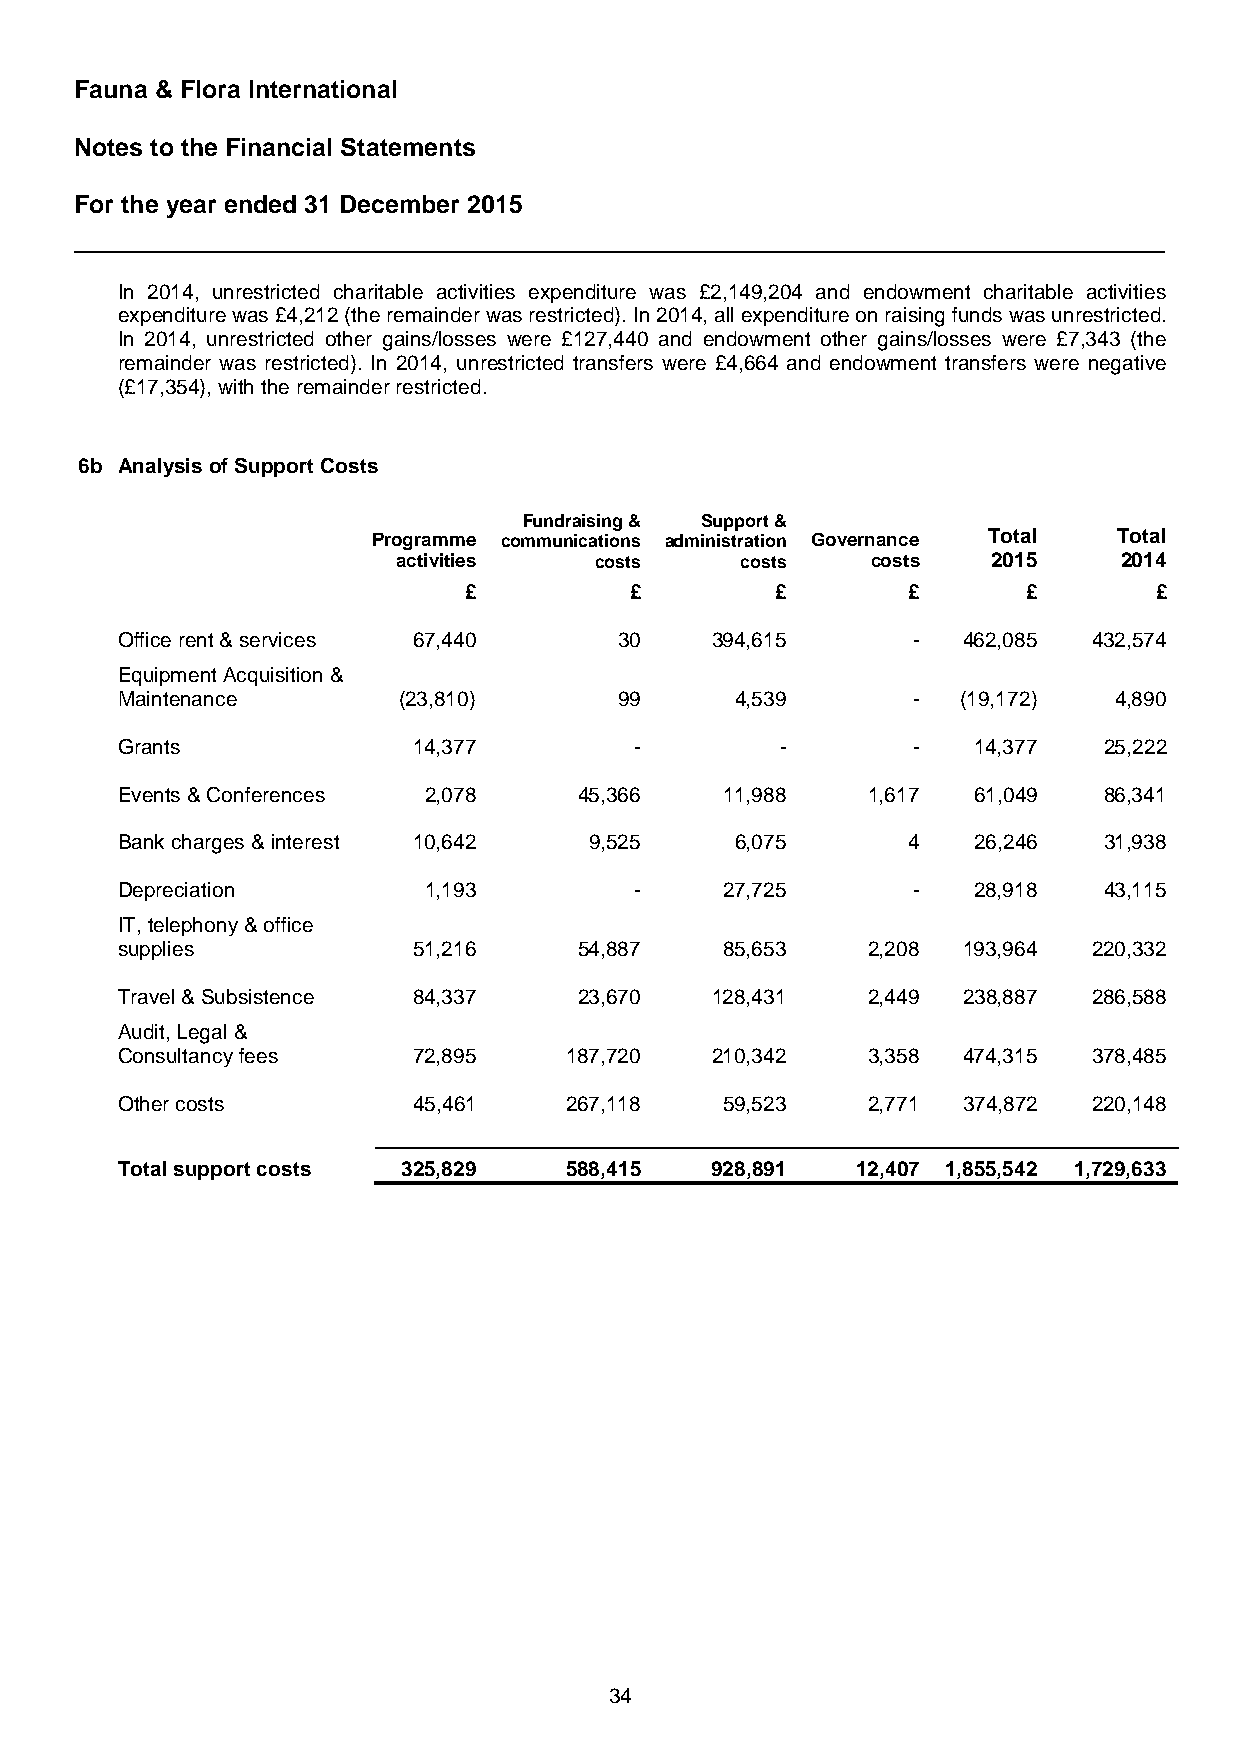
Fauna & Flora International
 Notes to the Financial Statements
 For the year ended 31 December 2015
 In 2014, unrestricted charitable activities expenditure was £2,149,204 and endowment charitable activities
 expenditure was £4,212 (the remainder was restricted). In 2014, all expenditure on raising funds was unrestricted.
 In 2014, unrestricted other gains/losses were £127,440 and endowment other gains/losses were £7,343 (the
 remainder was restricted). In 2014, unrestricted transfers were £4,664 and endowment transfers were negative
 (£17,354), with the remainder restricted.
 6b Analysis of Support Costs
 Fundraising & Support &
 Programme communications administration Governance Total Total
 activities   costs     costs    costs   2015    2014
 £          £        £        £       £       £
 Office rent & services 67,440    30    394,615      -   462,085 432,574
 Equipment Acquisition &
 Maintenance       (23,810)       99      4,539      -   (19,172)  4,890
 Grants             14,377         -         -       -   14,377   25,222
 Events & Conferences 2,078    45,366    11,988   1,617  61,049   86,341
 Bank charges & interest 10,642 9,525     6,075      4   26,246   31,938
 Depreciation        1,193         -     27,725      -   28,918   43,115
 IT, telephony & office
 supplies           51,216     54,887    85,653   2,208  193,964 220,332
 Travel & Subsistence 84,337   23,670   128,431   2,449  238,887 286,588
 Audit, Legal &
 Consultancy fees   72,895    187,720   210,342   3,358  474,315 378,485
 Other costs        45,461    267,118    59,523   2,771  374,872 220,148
 Total support costs 325,829  588,415   928,891   12,407 1,855,542 1,729,633
 34